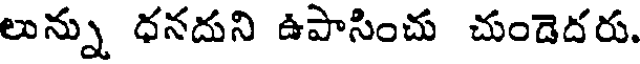
లున్ను ధనదుని ఉపాసించు చుండెదరు.